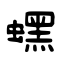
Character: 蟔